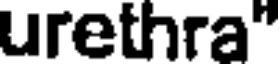
urethra"